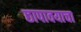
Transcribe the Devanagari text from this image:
छापावयाचा